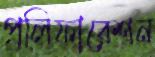
প্রলিফারেশন